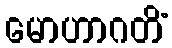
မောဟာဂတိံ